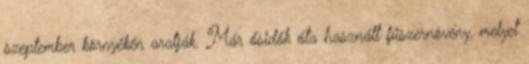
szeptember környékén aratják. Már ősidők óta használt fűszernövény, melyet